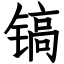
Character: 镐